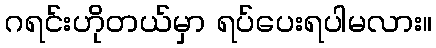
ဂရင်းဟိုတယ်မှာ ရပ်ပေးရပါမလား။